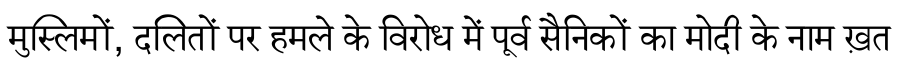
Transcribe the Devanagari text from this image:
मुस्लिमों, दलितों पर हमले के विरोध में पूर्व सैनिकों का मोदी के नाम ख़त